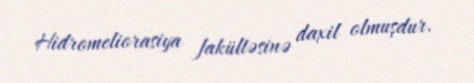
Hidromeliorasiya fakültəsinə daxil olmuşdur.